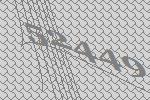
52449